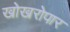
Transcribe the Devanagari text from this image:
खोखरोपार